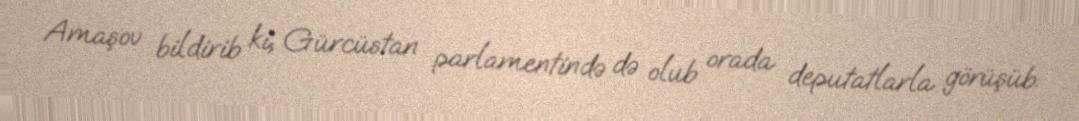
Amaşov bildirib ki, Gürcüstan parlamentində də olub orada deputatlarla görüşüb: